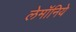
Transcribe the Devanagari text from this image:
लेमॉनिये